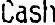
CASH